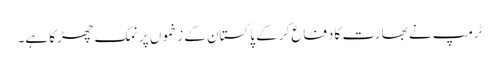
ٹرمپ نے بھارت کا دفاع کرکے پاکستان کے زخموں پر نمک چھڑکا ہے۔